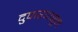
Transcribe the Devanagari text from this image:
दुपारपासून